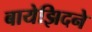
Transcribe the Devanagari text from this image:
बायेझिदने